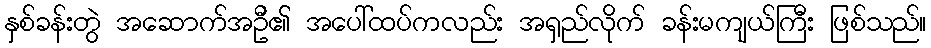
နှစ်ခန်းတွဲ အဆောက်အဦ၏ အပေါ်ထပ်ကလည်း အရှည်လိုက် ခန်းမကျယ်ကြီး ဖြစ်သည်။